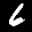
Label: 6